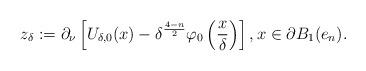
LaTeX: \begin{align*}z_\delta:= \partial_\nu \left[ U_{\delta,0}(x)-\delta^{\frac{4-n}{2}} \varphi_0\left(\frac{x}{\delta}\right) \right],x\in \partial B_1(e_n).\end{align*}